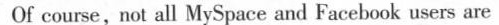
Of course,not all MySpace and Facebook users are